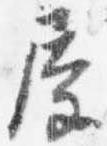
屋